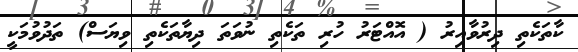
ކާތަކެތި ދިރުވާއިރު ( އޮއްޓަރު ހުރި ތަކެތި ނުވަތަ ދިޔާތަކެތި ވިޔަސް) ތަދުވުމަކީ